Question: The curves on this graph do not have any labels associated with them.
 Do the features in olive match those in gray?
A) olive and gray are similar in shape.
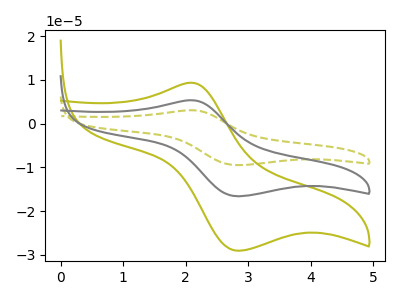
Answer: <think>The olive dashed curve "olive dashed" has an anodic peak at (2.10V, 10.70uA) and a cathodic peak at (2.85V, -33.25uA). The olive curve "olive" has an anodic peak at (2.10V, 9.35uA) and a cathodic peak at (2.85V, -29.10uA). The gray curve "gray" has an anodic peak at (2.10V, 5.35uA) and a cathodic peak at (2.85V, -16.65uA).
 All the peaks in "olive" have a peak in "gray" at the same potential. Every peak in "olive" is higher than every peak in "gray".</think>
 <answer>A) "olive" and "gray" are similar in shape.</answer>
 <eval>A</eval>